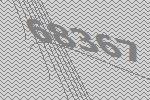
68367